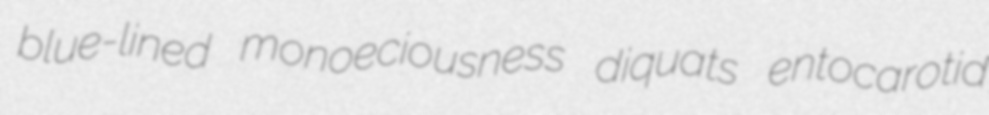
blue-lined monoeciousness diquats entocarotid